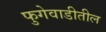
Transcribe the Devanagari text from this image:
फुगेवाडीतील